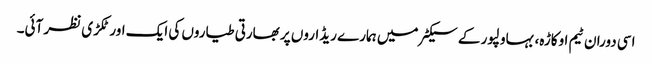
اسی دوران ٹیم اوکاڑہ، بہاولپور کے سیکٹر میں ہمارے ریڈاروں پر بھارتی طیاروں کی ایک اور ٹکڑی نظر آئی۔